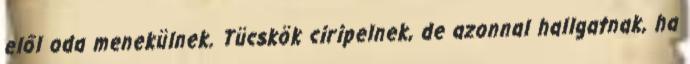
elől oda menekülnek. Tücskök ciripelnek, de azonnal hallgatnak, ha